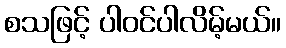
စသဖြင့် ပါဝင်ပါလိမ့်မယ်။